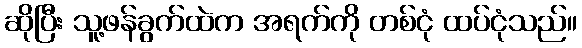
ဆိုပြီး သူ့ဖန်ခွက်ထဲက အရက်ကို တစ်ငုံ ထပ်ငုံသည်။